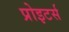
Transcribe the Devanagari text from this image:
प्रोइटर्स